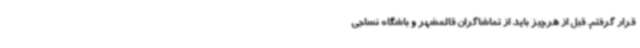
قرار گرفتم. قبل از هرچیز باید از تماشاگران قائمشهر و باشگاه نساجی